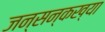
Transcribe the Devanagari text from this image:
जन्सन्कख्या